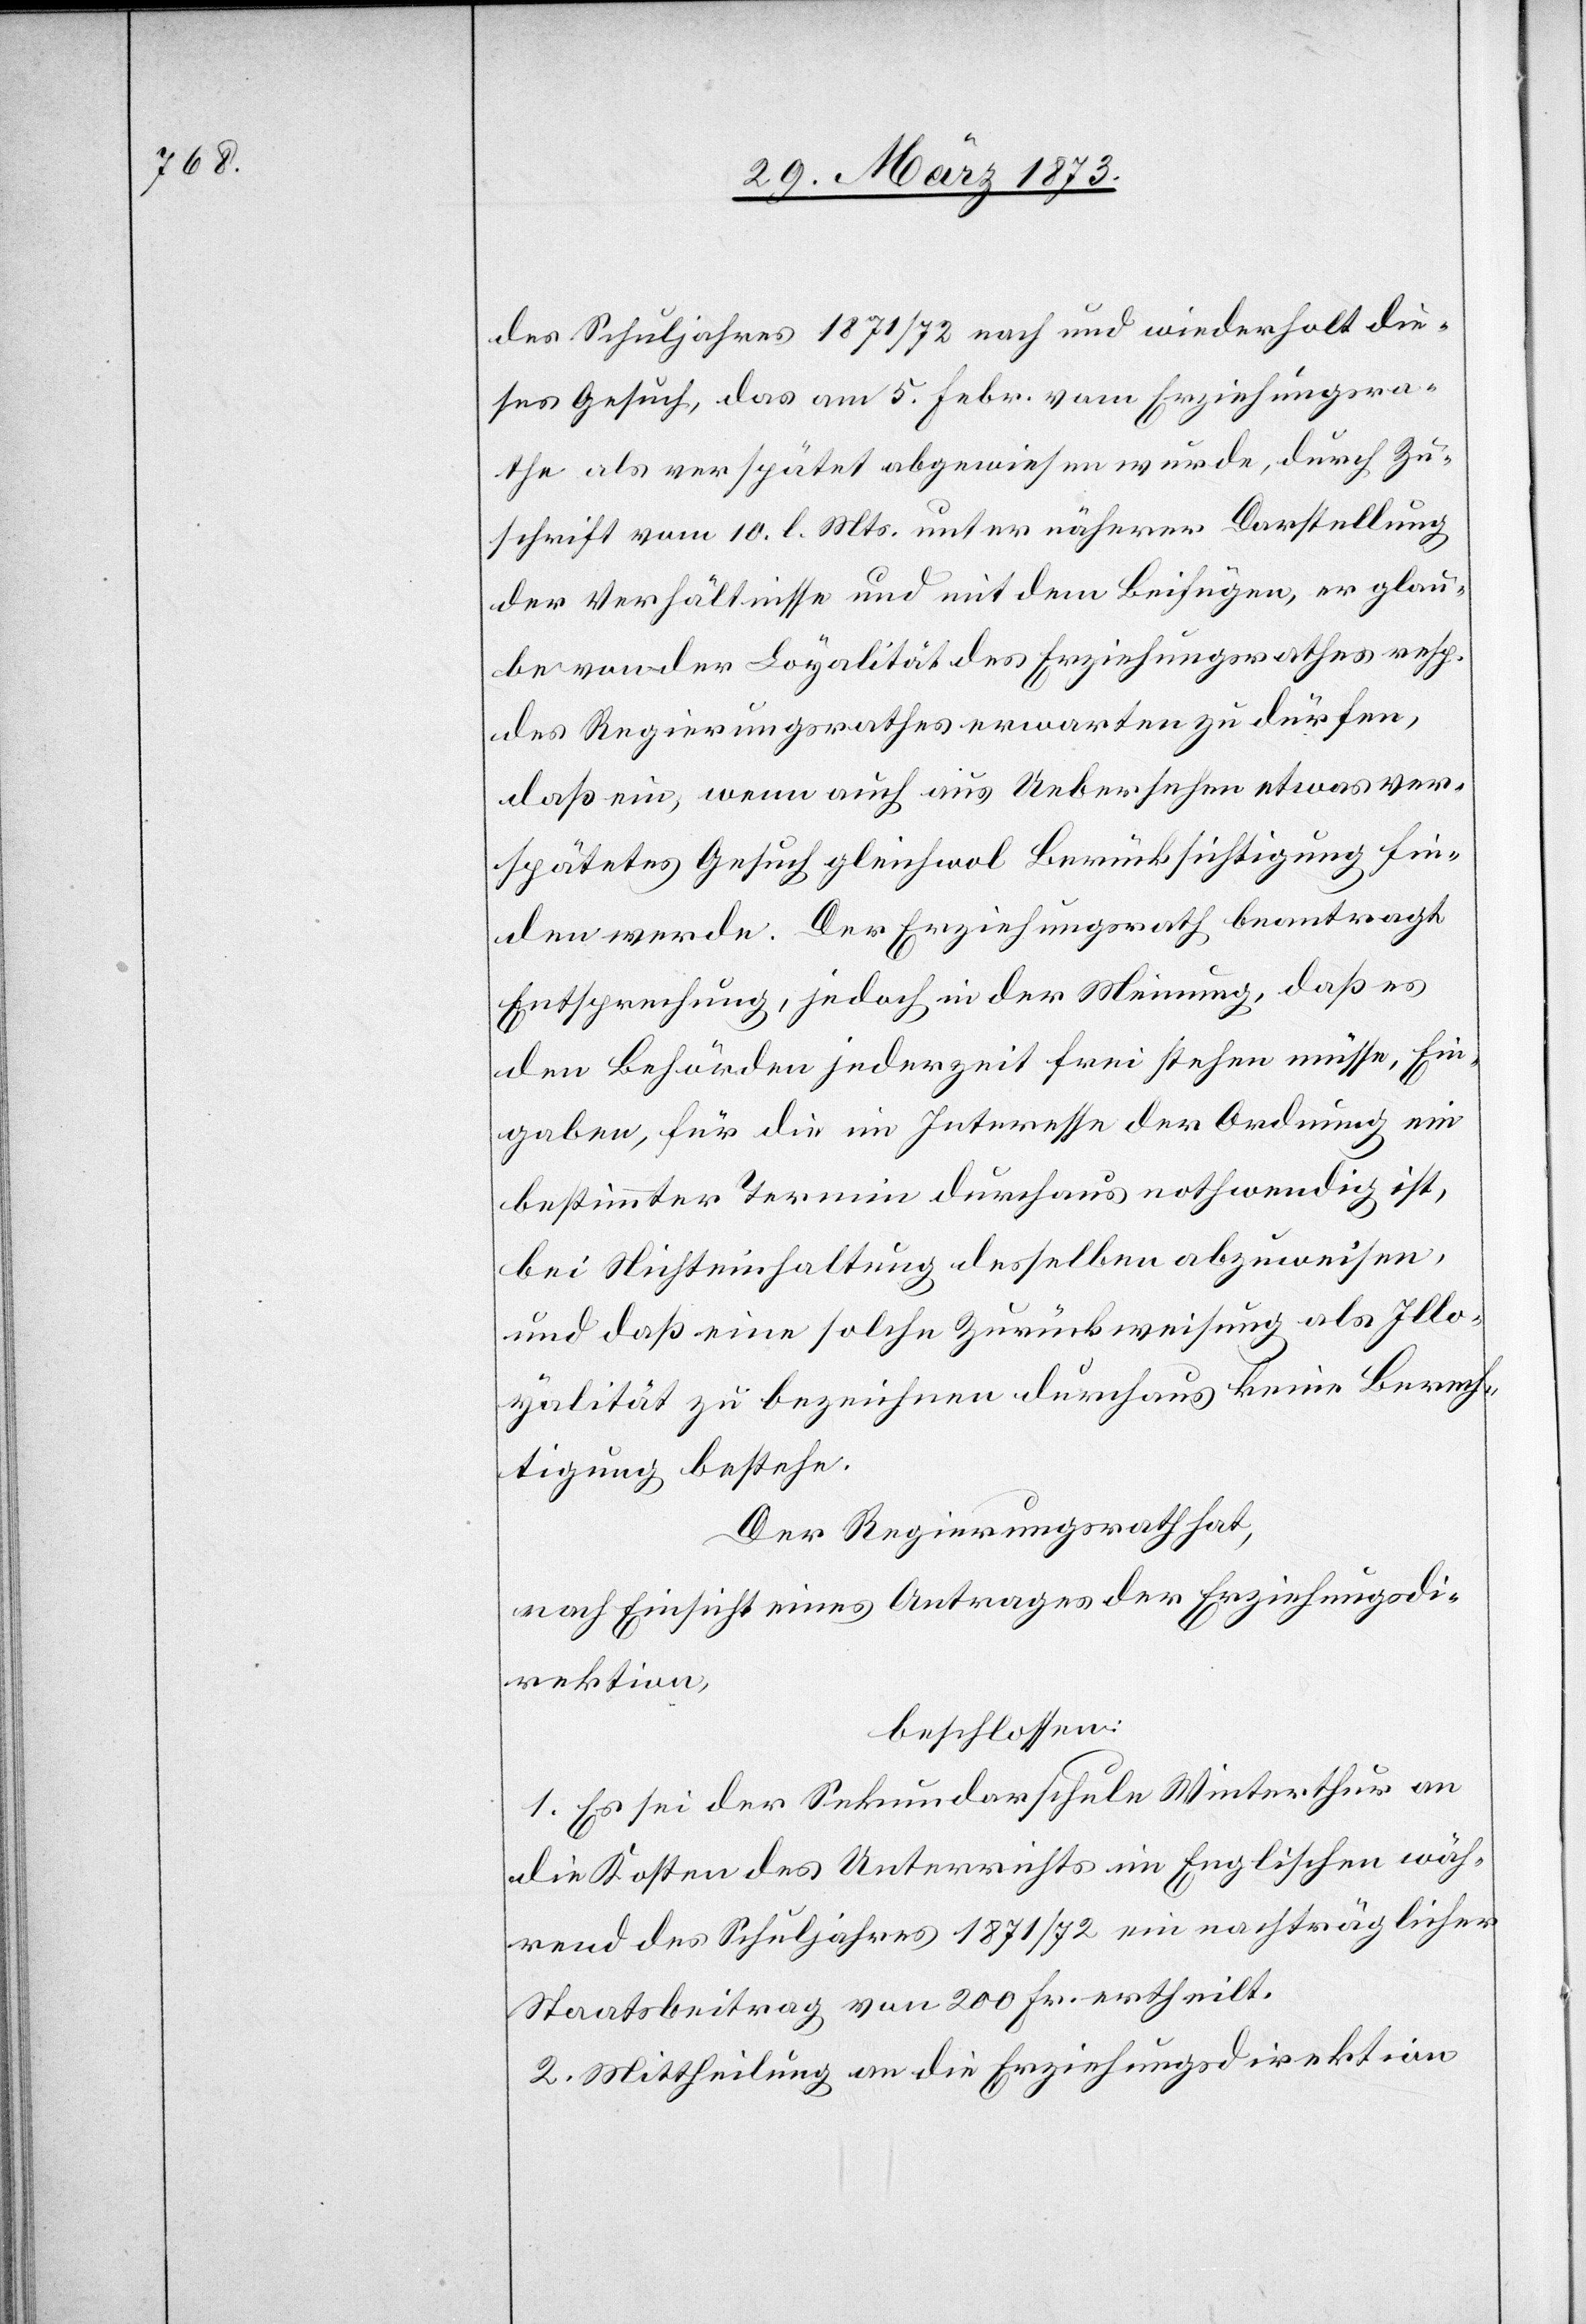
des Schuljahres 1871/72 nach und wiederholt die¬
ses Gesuch, das am 5. Febr. vom Erziehungsra¬
the als verspätet abgewiesen wurde, durch Zu¬
schrift vom 10. l. Mts. unter näherer Darstellung
der Verhältnisse und mit dem Beifügen, er glau¬
be von der Loyalität des Erziehungsrathes resp.
des Regierungsrathes erwarten zu dürfen,
daß ein, wenn auch aus Uebersehen etwas ver¬
spätetes Gesuch gleichwol Berücksichtigung fin¬
den werde. Der Erziehungsrath beantragt
Entsprechung, jedoch in der Meinung, daß es
den Behörden jederzeit frei stehen müsse, Ein¬
gaben, für die im Interesse der Ordnung ein
bestimmter Termin durchaus nothwendig ist,
bei Nichteinhaltung desselben abzuweisen,
und daß eine solche Zurückweisung als Illo¬
yalität zu bezeichnen durchaus keine Berech¬
tigung bestehe.
Der Regierungsrath hat,
nach Einsicht eines Antrages der Erziehungsdi¬
rektion,
beschlossen:
1. Es sei der Sekundarschule Winterthur an
die Kosten des Unterrichts im Englischen wäh¬
rend des Schuljahres 1871/72 ein nachträglicher
Staatsbeitrag von 200 Fr. ertheilt.
2. Mittheilung an die Erziehungsdirektion